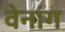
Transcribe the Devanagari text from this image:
वेनांग